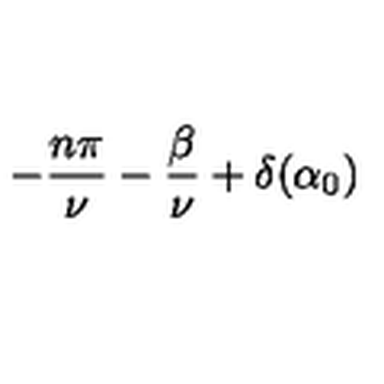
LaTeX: - \frac { n \pi } { \nu } - \frac { \beta } { \nu } + \delta ( \alpha _ { 0 } )